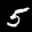
Label: 5